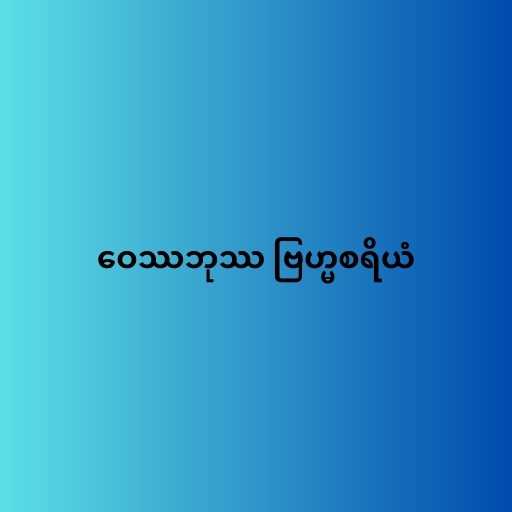
ဝေဿဘုဿ ဗြဟ္မစရိယံ